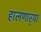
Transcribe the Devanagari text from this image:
हालणार्‍या